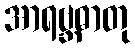
အာရဗ္ဘဓာတု